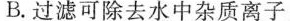
B.过滤可除去水中杂质离子